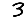
Digit: 3